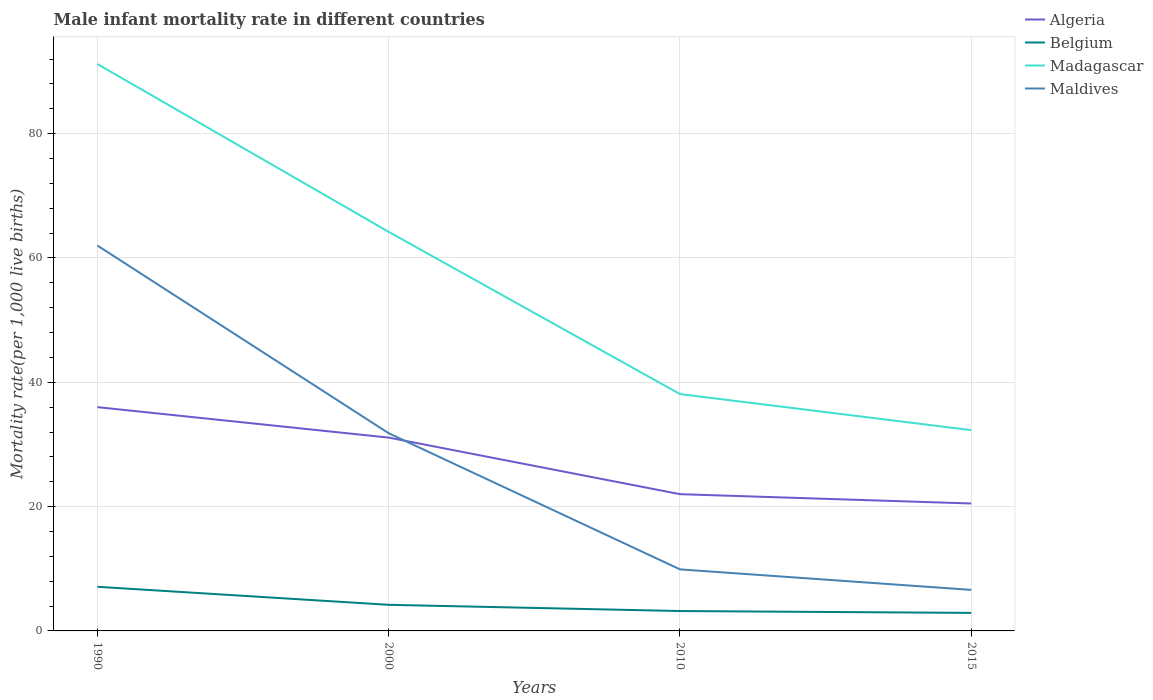
| Years | Algeria | Belgium | Madagascar | Maldives |
 | --- | --- | --- | --- | --- |
 | 1990 | 36 | 7.1 | 91.2 | 62 |
 | 2000 | 31.1 | 4.2 | 64.2 | 31.8 |
 | 2010 | 22 | 3.2 | 38.1 | 9.9 |
 | 2015 | 20.5 | 2.9 | 32.3 | 6.6 |